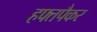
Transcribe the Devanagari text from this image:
हफ्तपैकर